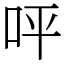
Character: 呯